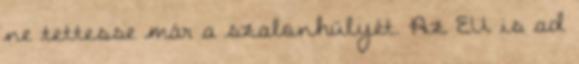
ne tettesse már a szalonhülyét. Az EU is ad